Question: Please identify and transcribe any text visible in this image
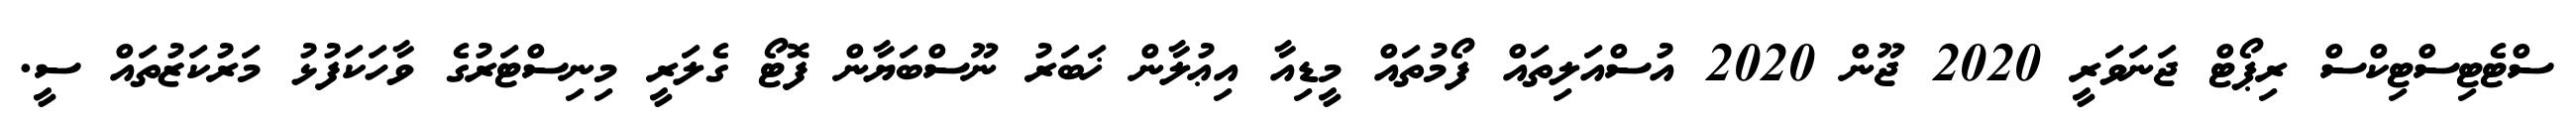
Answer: ސްޓެޓިސްޓިކްސް ރިޕޯޓް ޖަނަވަރީ 2020 ޖޫން 2020 އުސްއަލިތައް ފޯމުތައް މީޑިއާ އިޢުލާން ޚަބަރު ނޫސްބަޔާން ފޮޓޯ ގެލަރީ މިނިސްޓަރުގެ ވާހަކަފުޅު މަރުކަޒުތައް ސީ.